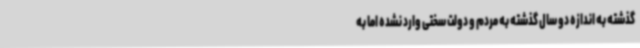
گذشته به اندازه دو سال گذشته به مردم و دولت سختی وارد نشده اما به